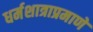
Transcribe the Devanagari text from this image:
धर्मशात्राप्रमाणे